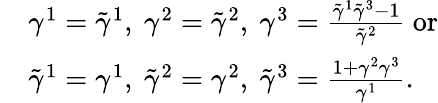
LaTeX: \begin{array}{rl}&{\gamma^{1}=\tilde{\gamma}^{1},\ \gamma^{2}=\tilde{\gamma}^{2},\ \gamma^{3}=\frac{\tilde{\gamma}^{1}\tilde{\gamma}^{3}-1}{\tilde{\gamma}^{2}}\ \mathrm{or}}\\ &{\tilde{\gamma}^{1}=\gamma^{1},\ \tilde{\gamma}^{2}=\gamma^{2},\ \tilde{\gamma}^{3}=\frac{1+\gamma^{2}\gamma^{3}}{\gamma^{1}}.}\end{array}